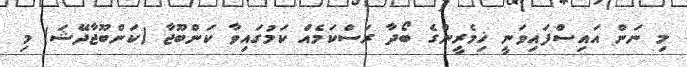
މި ނަން އައިސްފައިވަނީ ޚިމެރީންގެ ބޯދާ ރަސްކަމެއް ކަމުގައިވާ ކަންބޫޖާ (ކަންބޫޖާދޭޝަ) މި